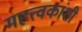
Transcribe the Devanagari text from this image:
महत्त्वकांशी